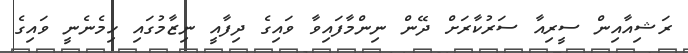
ރަޝިއާއިން ސީރިއާ ސަރުކާރަށް ދޭން ނިންމާފައިވާ ވައިގެ ދިފާއީ ނިޒާމުގައި ހިމެނެނީ ވައިގެ